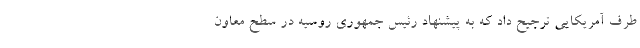
طرف آمریکایی ترجیح داد که به پیشنهاد رئیس جمهوری روسیه در سطح معاون